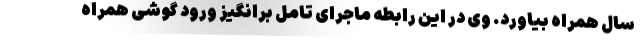
سال همراه بیاورد. وی در این رابطه ماجرای تامل برانگیز ورود گوشی همراه